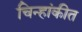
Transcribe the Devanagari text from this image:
चिन्हांकीत